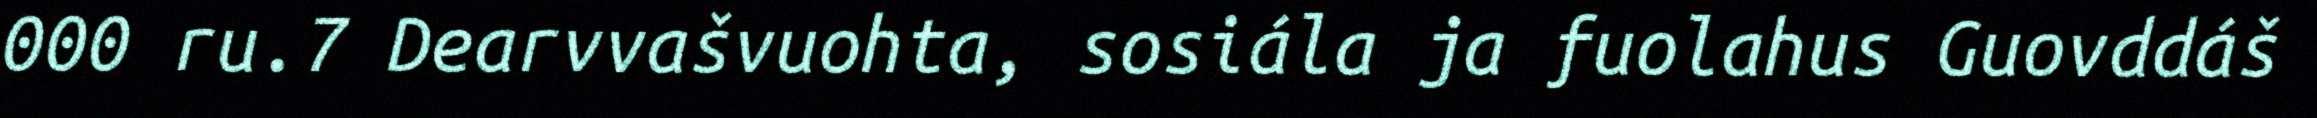
000 ru.7 Dearvvašvuohta, sosiála ja fuolahus Guovddáš